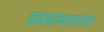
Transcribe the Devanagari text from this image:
फसल्यानंतर